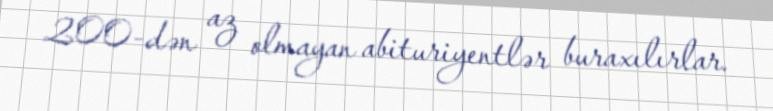
200-dən az olmayan abituriyentlər buraxılırlar.